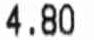
4.80